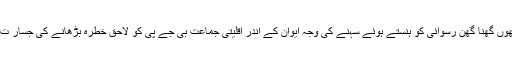
شترو کے ہاتھوں گھنا گھن رسوائی کو ہنستے ہوئے سہنے کی وجہ ایوان کے اندر اقلیتی جماعت بی جے پی کو لاحق خطرہ بڑھانے کی جسار ت کا فقدان ہے؟